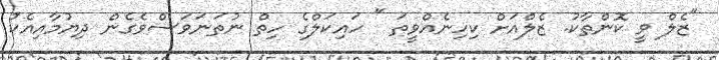
"ޒެލް ވީ ކޮންތާކު. ޒެލްއަށް ކިހިނެއްވީތަ " ހައިކަލްގެ ހިތް ނުތަނަވަސްވެގެން ދިޔުމާއިއެކު